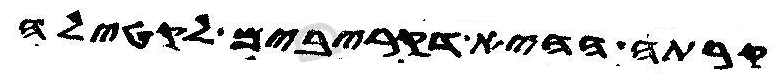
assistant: קרתה ההיא דקריבים לקטילה